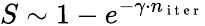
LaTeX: S\sim 1-e^{-\gamma\cdot n_{\mathrm{~i~t~e~r~}}}